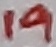
Text: 19